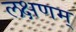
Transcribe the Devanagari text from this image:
लक्षणम्